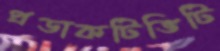
প্রডাকটিভিটি